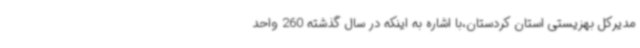
مدیرکل بهزیستی استان کردستان،با اشاره به اینکه در سال گذشته 260 واحد